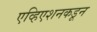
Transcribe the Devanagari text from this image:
एव्हिएशनकडून